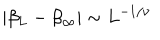
LaTeX: \left| \beta _ { L } - \beta _ { \infty } \right| \sim L ^ { - 1 / \nu }